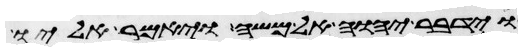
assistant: וידבר יהוה אל משה ויאמר אליו